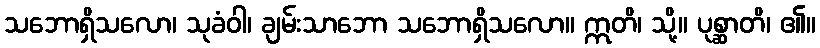
သဘောရှိသလော၊ သုခံဝါ၊ ချမ်းသာဘော သဘောရှိသလော။ ဣတိ၊ သို့။ ပုစ္ဆာတိ၊ ၏။